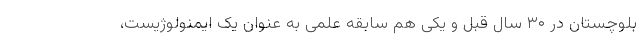
بلوچستان در ۳۰ سال قبل و یکی هم سابقه علمی به عنوان یک ایمنولوژیست،